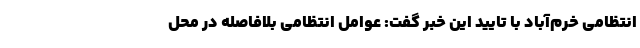
انتظامی خرم‌آباد با تایید این خبر گفت: عوامل انتظامی بلافاصله در محل